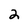
Character: 2